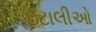
ઇટાલીઓ